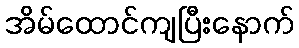
အိမ်ထောင်ကျပြီးနောက်